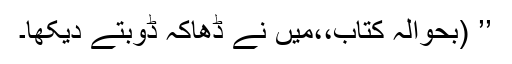
’’ (بحوالہ کتاب،،میں نے ڈھاکہ ڈوبتے دیکھا۔